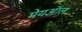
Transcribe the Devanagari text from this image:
मेयऑल